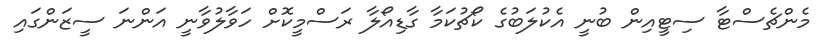
މެންޗެސްޓާ ސިޓީއިން ބުނީ އެކުލަބުގެ ކޯޗުކަމާ ގާޑިއޯލާ ރަސްމީކޮށް ހަވާލުވާނީ އަންނަ ސީޒަންގައި